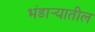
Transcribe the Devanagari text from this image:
भंडार्‍यातील